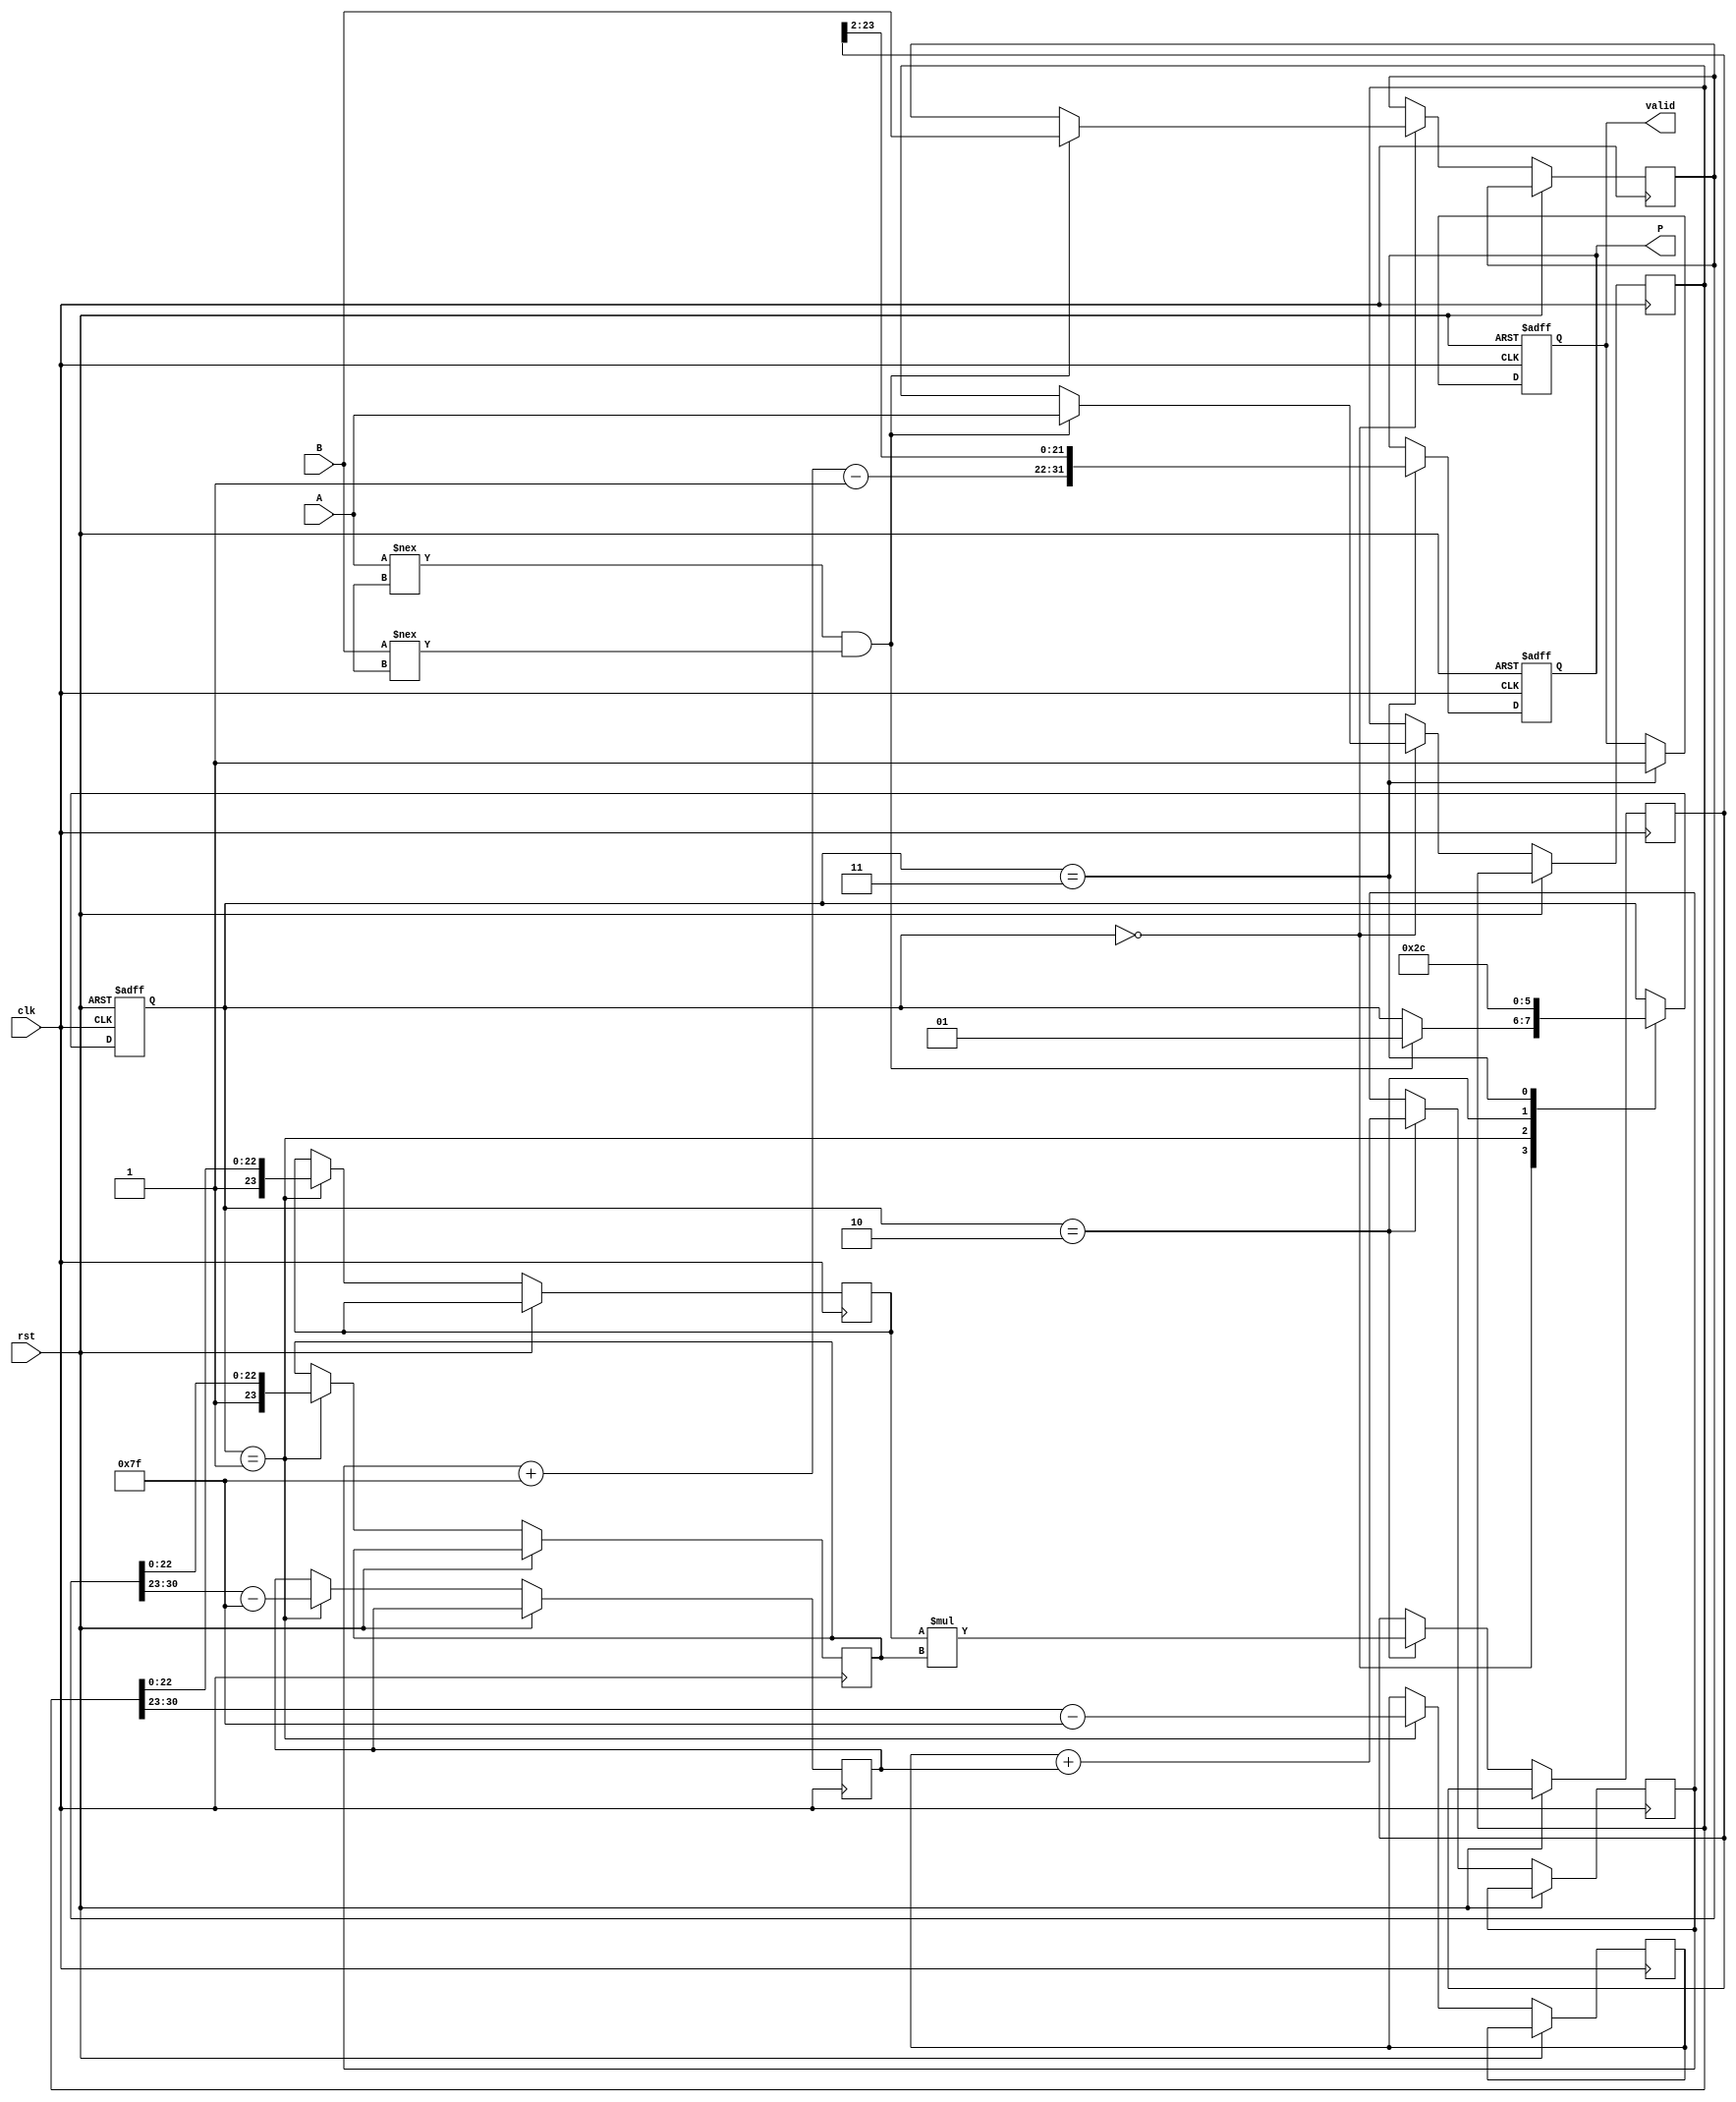
module fp_multiplier (
    input wire clk,
    input wire rst,
    input wire [31:0] A,
    input wire [31:0] B,
    output reg [31:0] P,
    output reg valid
);

// IEEE 754 parameters
localparam BIAS = 8'd127;
localparam FRACTION_WIDTH = 23; // 23 bits for the mantissa
localparam EXPONENT_WIDTH = 8;  // 8 bits for the exponent
localparam MANTISSA_WIDTH = 24;  // Including implicit leading one

// Pipeline registers
reg [31:0] A_reg, B_reg;
reg [7:0] eA, eB, eP;
reg [FRACTION_WIDTH:0] mA, mB, mP; // Including implicit bit for normalization
reg sA, sB, sP;
reg [1:0] state; // State for pipelining
localparam IDLE = 2'b00, DECOMPOSE = 2'b01, MULTIPLY = 2'b10, NORMALIZE = 2'b11;

// Pipeline control
always @(posedge clk or posedge rst) begin
    if (rst) begin
        // Reset outputs
        P <= 32'b0;
        valid <= 0;
        state <= IDLE;
    end else begin
        case (state)
            IDLE: begin
                if (A !== 32'bx && B !== 32'bx) begin
                    A_reg <= A;
                    B_reg <= B;
                    state <= DECOMPOSE;
                end
            end
            DECOMPOSE: begin
                // Decompose the inputs
                sA <= A_reg[31];
                sB <= B_reg[31];
                eA <= A_reg[30:23] - BIAS; // Extract and adjust exponent
                eB <= B_reg[30:23] - BIAS; // Extract and adjust exponent
                mA <= {1'b1, A_reg[22:0]}; // Add implicit leading 1
                mB <= {1'b1, B_reg[22:0]}; // Add implicit leading 1
                state <= MULTIPLY;
            end
            MULTIPLY: begin
                // Mantissa multiplication
                mP <= mA * mB;
                eP <= eA + eB; // Calculate exponent
                sP <= sA ^ sB;  // Determine the sign of the product
                state <= NORMALIZE;
            end
            NORMALIZE: begin
                // Normalize result if necessary
                if (mP[MANTISSA_WIDTH] == 1) begin
                    // No need to normalize
                    P <= {sP, eP + BIAS, mP[MANTISSA_WIDTH-1:1]}; // Shift right
                end else begin
                    // Normalization required
                    P <= {sP, eP + BIAS - 1, mP[MANTISSA_WIDTH-1:2]};
                end
                valid <= 1;
                state <= IDLE; // Go back to IDLE state
            end
        endcase
    end
end

endmodule